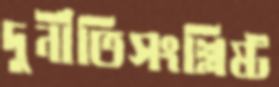
দুর্নীতিসংশ্লিষ্ট